Rangoon Lunatic Asylum 1878-1892 - 1878-1892
Year: 1878
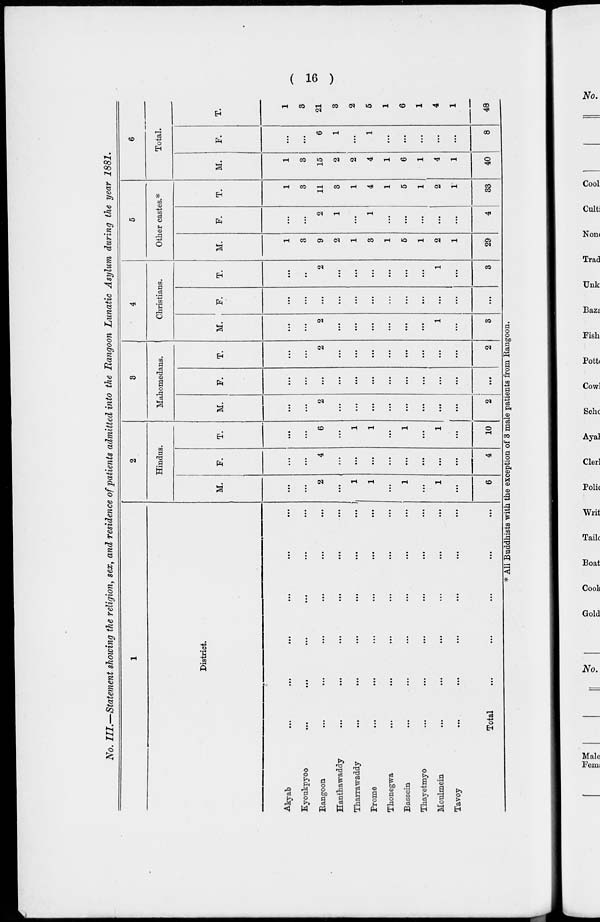
( 16 )
No. III.—Statement showing the religion, sex, and residence of patients admitted into the Rangoon Lunatic Asylum during the year 1881.
1
District.
Akyab ... ... ... ... ... ...
Kyoukpyoo ... ... ... ... ... ...
Rangoon
...
...
...
...
...
...
Hanthawaddy
...
...
...
...
...
...
Tharrawaddy
...
...
...
...
...
...
Prome ... ... ... ... ... ...
Thonegwa ... ... ... ... ... ...
Bassein ... ... ... ... ... ...
Thayetmyo ... ... ... ... ... ...
Moulmein ... ... ... ... ... ...
Tavoy ... ... ... ... ... ...
Total
...
...
...
...
...
...
2
Hindus.
M.
...
...
2
...
1
1
...
1
...
1
...
6
F.
...
...
4
...
...
...
...
...
...
...
...
4
T.
...
...
6
...
1
1
...
1
...
1
...
10
3
Mahomedans.
M.
...
...
2
...
...
...
...
...
...
...
...
2
F.
...
...
...
...
...
...
...
...
...
...
...
...
T.
...
...
2
...
...
...
...
...
...
...
...
2
4
Christians.
M.
...
...
2
...
...
...
...
...
...
1
...
3
F.
...
...
...
...
...
...
...
...
...
...
...
...
T.
...
..
2
...
...
...
...
...
...
1
...
3
5
Other castes.*
M.
1
3
9
2
1
3
1
5
1
2
1
29
F.
...
...
2
1
...
1
...
...
...
...
...
4
T.
1
3
11
3
1
4
1
5
1
2
1
33
6
Total.
M.
1
3
15
2
2
4
1
6
1
4
1
40
F.
...
...
6
1
...
1
...
...
...
...
...
8
T.
1
3
21
3
2
5
1
6
1
4
1
48
* All Buddhists with the exception of 3 male patients from Rangoon.